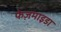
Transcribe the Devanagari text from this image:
फेज़माइडा